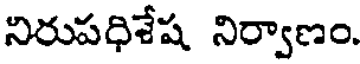
నిరుపధిశేష నిర్వాణం.